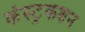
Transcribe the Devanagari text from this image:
कंस्ट्रकशन